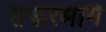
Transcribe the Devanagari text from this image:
सफरमार्ग